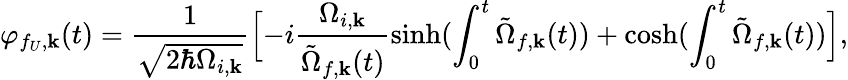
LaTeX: \varphi_{f_{U},{\mathbf k}}(t)=\frac{1}{\sqrt{2\hbar\Omega_{i,{\mathbf k}}}}\Bigl[-i\frac{\Omega_{i,{\mathbf k}}}{\tilde{\Omega}_{f,{\mathbf k}}(t)}\sinh(\int_{0}^{t}\tilde{\Omega}_{f,{\mathbf k}}(t))+\cosh(\int_{0}^{t}\tilde{\Omega}_{f,{\mathbf k}}(t))\Bigr],